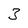
Character: 3